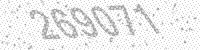
Solution: 269071